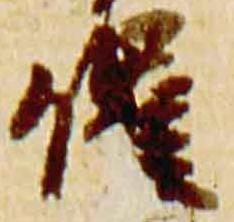
催